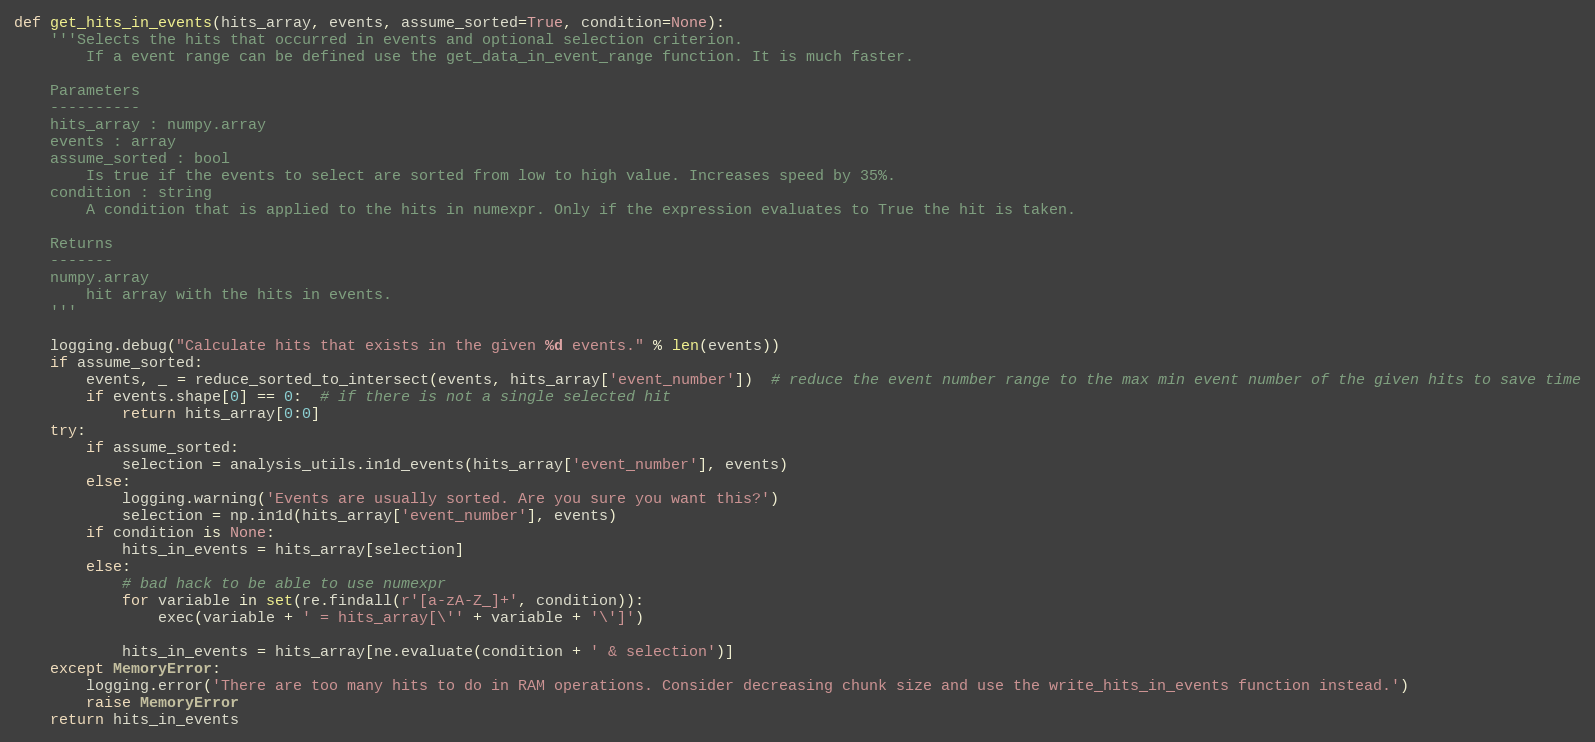
Language: Python
def get_hits_in_events(hits_array, events, assume_sorted=True, condition=None):
    '''Selects the hits that occurred in events and optional selection criterion.
        If a event range can be defined use the get_data_in_event_range function. It is much faster.

    Parameters
    ----------
    hits_array : numpy.array
    events : array
    assume_sorted : bool
        Is true if the events to select are sorted from low to high value. Increases speed by 35%.
    condition : string
        A condition that is applied to the hits in numexpr. Only if the expression evaluates to True the hit is taken.

    Returns
    -------
    numpy.array
        hit array with the hits in events.
    '''

    logging.debug("Calculate hits that exists in the given %d events." % len(events))
    if assume_sorted:
        events, _ = reduce_sorted_to_intersect(events, hits_array['event_number'])  # reduce the event number range to the max min event number of the given hits to save time
        if events.shape[0] == 0:  # if there is not a single selected hit
            return hits_array[0:0]
    try:
        if assume_sorted:
            selection = analysis_utils.in1d_events(hits_array['event_number'], events)
        else:
            logging.warning('Events are usually sorted. Are you sure you want this?')
            selection = np.in1d(hits_array['event_number'], events)
        if condition is None:
            hits_in_events = hits_array[selection]
        else:
            # bad hack to be able to use numexpr
            for variable in set(re.findall(r'[a-zA-Z_]+', condition)):
                exec(variable + ' = hits_array[\'' + variable + '\']')

            hits_in_events = hits_array[ne.evaluate(condition + ' & selection')]
    except MemoryError:
        logging.error('There are too many hits to do in RAM operations. Consider decreasing chunk size and use the write_hits_in_events function instead.')
        raise MemoryError
    return hits_in_events